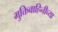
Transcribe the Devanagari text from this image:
मुक्तिवाहिनीच्या